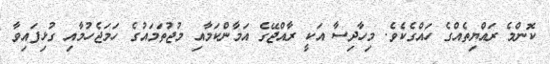
ކޮންމެ ރައްޔިތެއްގެ ހައްގެކެވެ. މިހާދިސާ އަކީ ރާއްޖޭގެ އަމާންކަމާއި މުޖުތަމައުގެ ހަމަޖެހުމާއި ގުޅިފައިވާ